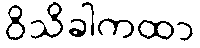
ဝိသိခါကထာ